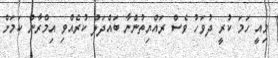
މިއީ ހަމަ ކުރީ ދުވަހު ވެސް ރައްޔިތުންނާ ބައްދަލު ކުރެއްވި އިމްރާން ކަމަށް